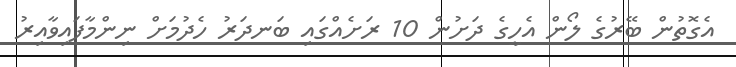
އެގޮތުން ބޭރުގެ ލޯން އެހީގެ ދަށުން 10 ރަށެއްގައި ބަނދަރު ހެދުމަށް ނިންމާފައިވާއިރު